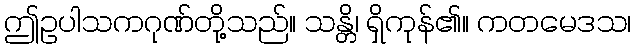
ဤဥပါသကဂုဏ်တို့သည်။ သန္တိ၊ ရှိကုန်၏။ ကတမေဒသ၊